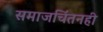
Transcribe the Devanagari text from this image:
समाजचिंतनही